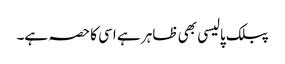
پبلک پالیسی بھی ظاہر ہے اسی کا حصہ ہے۔